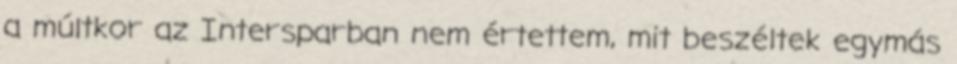
a múltkor az Intersparban nem értettem, mit beszéltek egymás